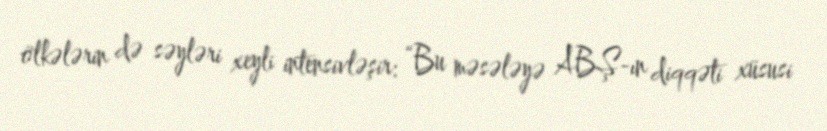
ölkələrin də səyləri xeyli intensivləşir: “Bu məsələyə ABŞ-ın diqqəti xüsusi